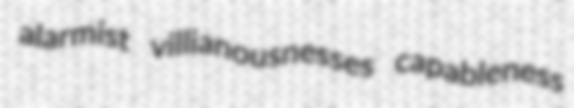
alarmist villianousnesses capableness